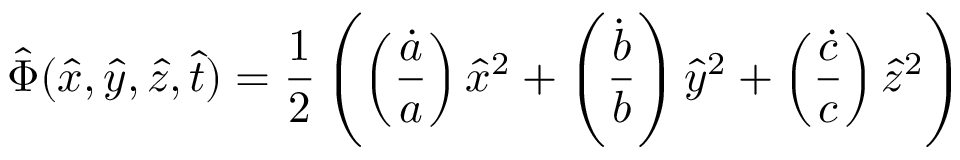
\hat { \Phi } ( \hat { x } , \hat { y } , \hat { z } , \hat { t } ) = \frac { 1 } { 2 } \left( \left( \frac { \dot { a } } { a } \right) \hat { x } ^ { 2 } + \left( \frac { \dot { b } } { b } \right) \hat { y } ^ { 2 } + \left( \frac { \dot { c } } { c } \right) \hat { z } ^ { 2 } \right)